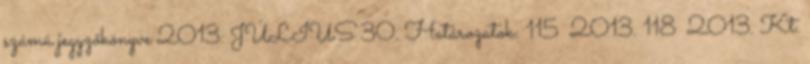
számú jegyzőkönyve 2013. JÚLIUS 30. Határozatok: 115 2013. 118 2013. Kt.